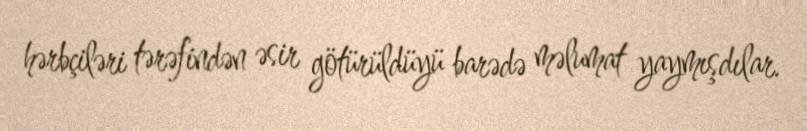
hərbçiləri tərəfindən əsir götürüldüyü barədə məlumat yaymışdılar.